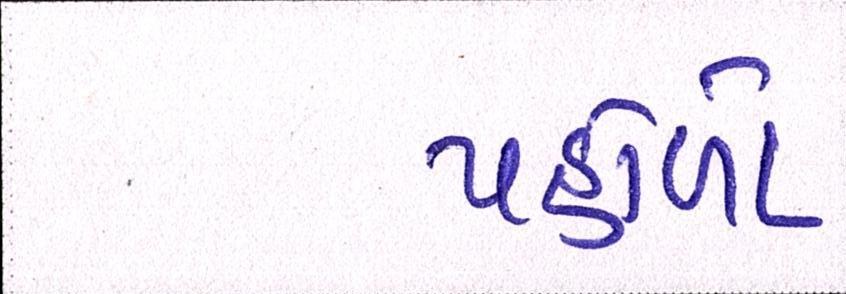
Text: પહોળો